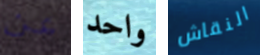
عن واحد النقاش